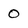
Character: 0